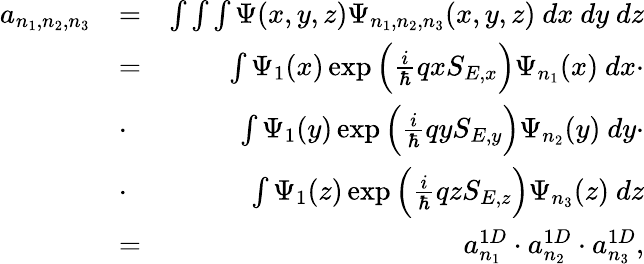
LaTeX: \begin{array}{rlr}{a_{n_{1},n_{2},n_{3}}}&{=}&{\int\int\int\Psi(x,y,z)\Psi_{n_{1},n_{2},n_{3}}(x,y,z)\ dx\ dy\ dz}\\ &{=}&{\int\Psi_{1}(x)\exp{\Big(\frac{i}{\hbar}qxS_{E,x}\Big)}\Psi_{n_{1}}(x)\ dx\cdot}\\ &{\cdot}&{\int\Psi_{1}(y)\exp{\Big(\frac{i}{\hbar}qyS_{E,y}\Big)}\Psi_{n_{2}}(y)\ dy\cdot}\\ &{\cdot}&{\int\Psi_{1}(z)\exp{\Big(\frac{i}{\hbar}qzS_{E,z}\Big)}\Psi_{n_{3}}(z)\ dz}\\ &{=}&{a_{n_{1}}^{1D}\cdot a_{n_{2}}^{1D}\cdot a_{n_{3}}^{1D},}\end{array}